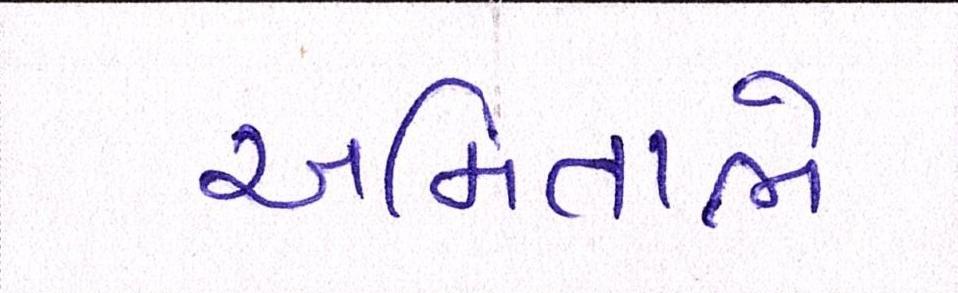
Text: અમિતાભે